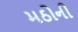
મઠોની